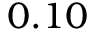
0 . 1 0